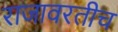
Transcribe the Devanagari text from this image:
राजावरतीच